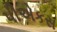
પીએકસ